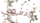
وننهي